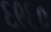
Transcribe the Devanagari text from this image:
६९६०